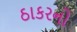
ઠાકરનો